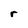
Character: r